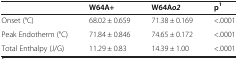
<table><thead><tr><td><b> </b></td><td><b>W64A+</b></td><td><b>W64A<i>o2</i></b></td><td><b>p<sup>1</sup></b></td></tr></thead><tbody><tr><td>Onset (°C)</td><td>68.02 ± 0.659</td><td>71.38 ± 0.169</td><td>&lt;.0001</td></tr><tr><td>Peak Endotherm (°C)</td><td>71.84 ± 0.846</td><td>74.65 ± 0.172</td><td>&lt;.0001</td></tr><tr><td>Total Enthalpy (J/G)</td><td>11.29 ± 0.83</td><td>14.39 ± 1.00</td><td>&lt;.0001</td></tr></tbody></table>